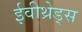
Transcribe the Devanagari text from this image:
ईवीथ्रेड्स